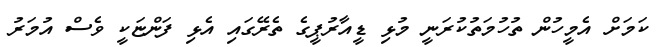
ކަމަށް އެމީހުން ތުހުމަތުކުރަނީ މުޅި ޑީއާރުޕީގެ ތެރޭގައި އެޅި ފަންޏަކީ ވެސް އުމަރު